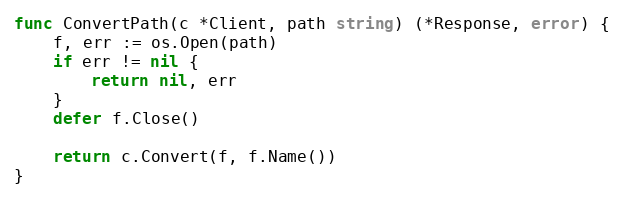
Language: Go
func ConvertPath(c *Client, path string) (*Response, error) {
	f, err := os.Open(path)
	if err != nil {
		return nil, err
	}
	defer f.Close()

	return c.Convert(f, f.Name())
}